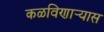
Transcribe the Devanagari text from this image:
कळविणार्‍यास